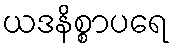
ယဒနိစ္စာပရေ